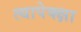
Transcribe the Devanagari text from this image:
त्यापेक्क्षा